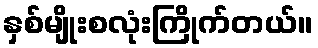
နှစ်မျိုးစလုံးကြိုက်တယ်။